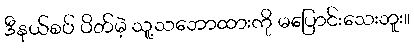
ဒီနယ်စပ် ပိတ်မဲ့ သူ့သဘောထားကို မပြောင်းသေးဘူး။